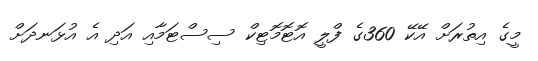
މީގެ އިތުރަށް އޭކޭ 360ގެ ފްލީ އޮޓޮމޮޓިކް ސިސްޓަމާއި އަދި އެ އުޅަނދަށް